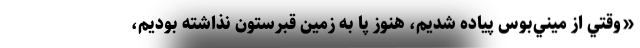
«وقتي از ميني‌بوس پياده شديم، هنوز پا به زمين قبرستون نذاشته بوديم،